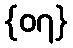
{၀၇}